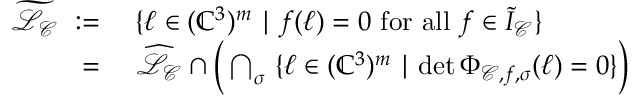
\begin{array} { r l } { \widetilde { \mathcal L _ { \mathcal { C } } } \ : = } & { \ \{ \ell \in ( \mathbb C ^ { 3 } ) ^ { m } \mid f ( \ell ) = 0 \mathrm { ~ f o r ~ a l l ~ } f \in \widetilde { I } _ { \mathcal C } \} } \\ { = } & { \ \widehat { \mathcal L _ { \mathcal { C } } } \cap \Big ( \bigcap _ { \sigma } \ \{ \ell \in ( \mathbb C ^ { 3 } ) ^ { m } \mid \operatorname* { d e t } \Phi _ { \mathcal C , f , \sigma } ( \ell ) = 0 \} \Big ) } \end{array}